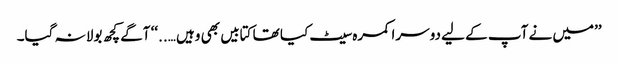
’’میں نے آپ کے لیے دوسرا کمرہ سیٹ کیا تھا کتابیں بھی وہیں …..‘‘ آگے کچھ بولا نہ گیا۔